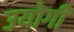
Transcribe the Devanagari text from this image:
उयोगी